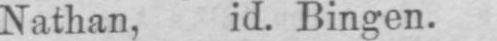
Nathan, id. Bingen.